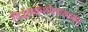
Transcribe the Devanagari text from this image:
विद्ध्यकर्तारमव्ययम्‌